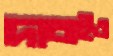
দাবাইও